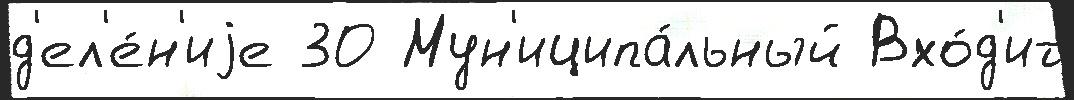
д'ел'е́н'иjе 30 Мун'иципа́льный Вхо́д'ит